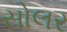
સોલર